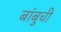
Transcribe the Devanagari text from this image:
बांबुची